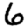
Digit: 6